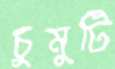
চুমুটি